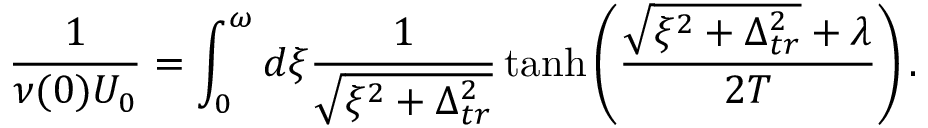
\frac { 1 } { \nu ( 0 ) U _ { 0 } } = \int _ { 0 } ^ { \omega } d \xi \frac { 1 } { \sqrt { \xi ^ { 2 } + \Delta _ { t r } ^ { 2 } } } \operatorname { t a n h } \left( \frac { \sqrt { \xi ^ { 2 } + \Delta _ { t r } ^ { 2 } } + \lambda } { 2 T } \right) .